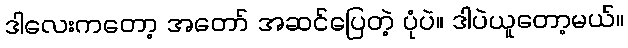
ဒါလေးကတော့ အတော် အဆင်ပြေတဲ့ ပုံပဲ။ ဒါပဲယူတော့မယ်။